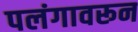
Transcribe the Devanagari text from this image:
पलंगावरून